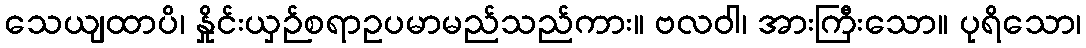
သေယျထာပိ၊ နှိုင်းယှဉ်စရာဥပမာမည်သည်ကား။ ဗလဝါ၊ အားကြီးသော။ ပုရိသော၊